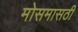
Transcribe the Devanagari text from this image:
मोसमासठी